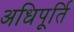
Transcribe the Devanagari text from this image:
अधिपूर्ति